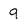
Character: 9